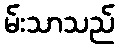
မ်းသာသည်